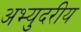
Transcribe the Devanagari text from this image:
अभ्युदरीय